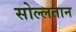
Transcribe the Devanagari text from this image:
सोल्लतान